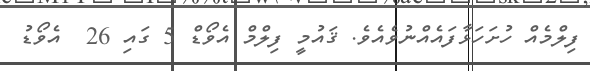
ފިލްމެއް ހުށަހަޅާފައެއްނުވެއެވެ. ޤައުމީ ފިލްމް އެވޯޑް 5 ގައި 26  އެވޯޑު